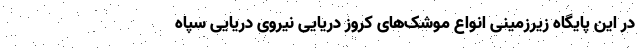
در این پایگاه زیرزمینی انواع موشک‌های کروز دریایی نیروی دریایی سپاه